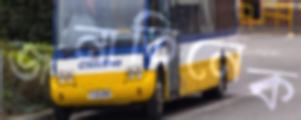
জনাতিনেক